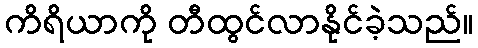
ကိရိယာကို တီထွင်လာနိုင်ခဲ့သည်။